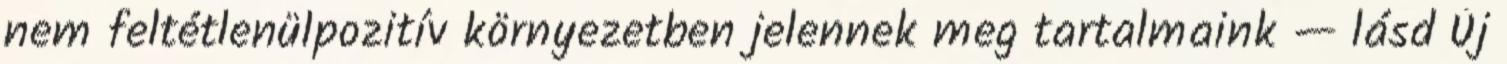
nem feltétlenülpozitív környezetben jelennek meg tartalmaink — lásd Új